Language: tamil
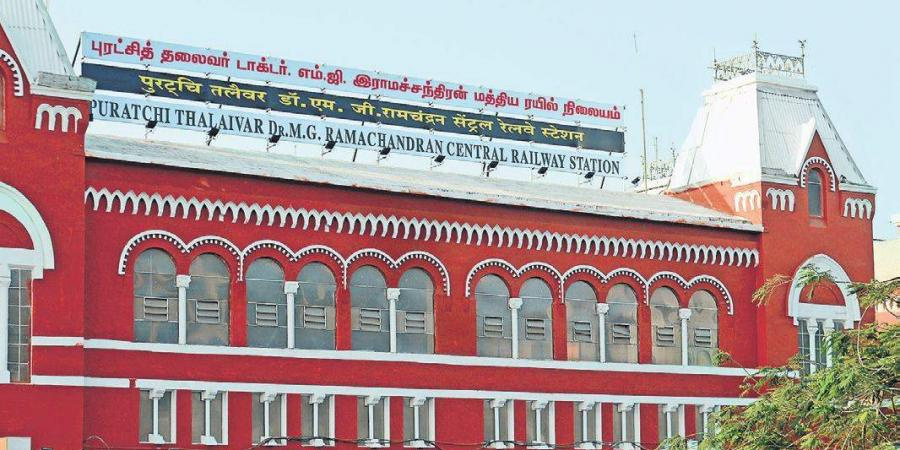
Transcription: எம்ஜி தலைவர் டாக்டா் இராமச்சந்திரன் ரயில் மத்திய புரட்சித் நிலையம்